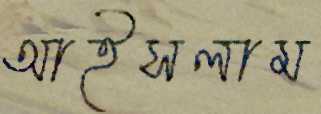
আইসলাম